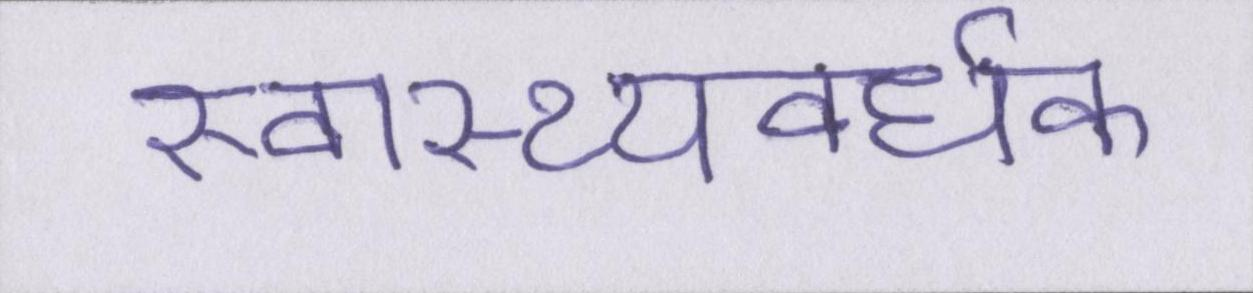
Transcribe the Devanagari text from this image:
स्वास्थ्यवर्धक